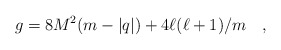
\begin{align*}g=8M^2(m-|q|) + 4\ell(\ell +1)/m \quad ,\end{align*}